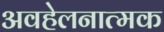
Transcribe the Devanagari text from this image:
अवहेलनात्मक